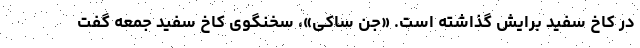
در کاخ سفید برایش گذاشته است. «جن ساکی»، سخنگوی کاخ سفید جمعه گفت